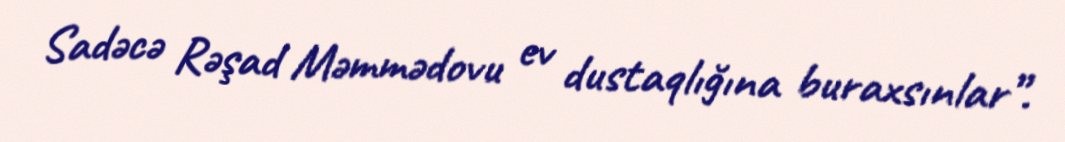
Sadəcə Rəşad Məmmədovu ev dustaqlığına buraxsınlar”.